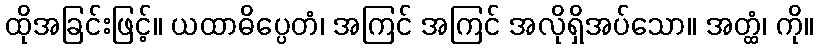
ထိုအခြင်းဖြင့်။ ယထာဓိပ္ပေတံ၊ အကြင် အကြင် အလိုရှိအပ်သော။ အတ္ထံ၊ ကို။